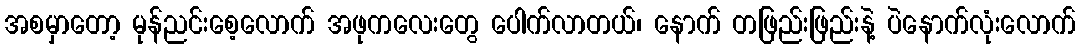
အစမှာတော့ မုန်ညင်းစေ့လောက် အဖုကလေးတွေ ပေါက်လာတယ်၊ နောက် တဖြည်းဖြည်းနဲ့ ပဲနောက်လုံးလောက်